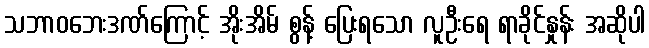
သဘာဝဘေးဒဏ်ကြောင့် အိုးအိမ် စွန့် ပြေးရသော လူဦးရေ ရာခိုင်နှုန်း အဆိုပါ